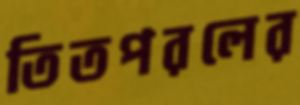
তিতপরলের